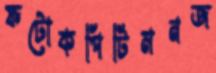
ফটোকপিটিমনজ